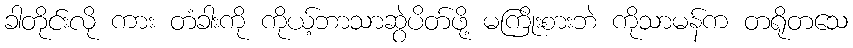
ခါတိုင်းလို ကား တံခါးကို ကိုယ့်ဘာသာဆွဲပိတ်ဖို့ မကြိုးစားဘဲ ကိုသာမန်က တရိုတသေ